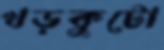
খড়কুটো